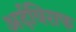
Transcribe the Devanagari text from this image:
अर्दविराफ